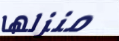
منزلها